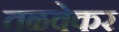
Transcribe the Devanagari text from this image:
तळवेकर